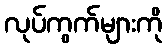
လုပ်ကွက်များကို